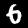
Label: 6